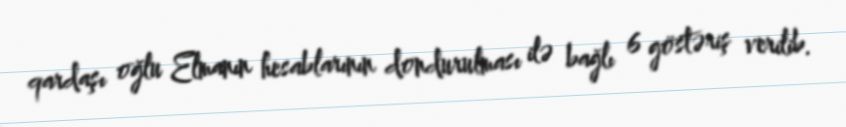
qardaşı oğlu Elmanın hesablarının dondurulması ilə bağlı 6 göstəriş verilib.